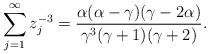
\begin{align*}\sum^{\infty}_{j=1}z_j^{-3}=\frac{\alpha(\alpha-\gamma)(\gamma-2\alpha)}{\gamma^3(\gamma+1)(\gamma+2)}.\end{align*}